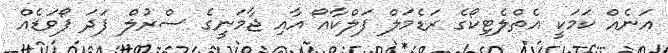
އަނެއް ކަމަކީ އެތްލެޓިކޯގެ ރަޑެމަލް ފަލްކާއޯ އާއި ޖާމަނީގެ ސްރުލް ފަދަ ފޯވަޑެއް